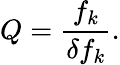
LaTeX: Q={\frac{f_{k}}{\delta f_{k}}}.